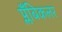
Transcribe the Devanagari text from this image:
प्लँबिकलर